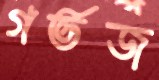
গর্ভজ